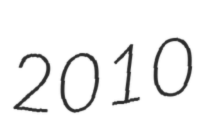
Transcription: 2010